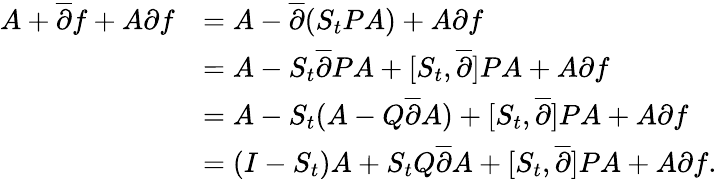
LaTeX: \begin{array}{rl}{A+\overline{\partial}f+A\partial f}&{=A-\overline{\partial}(S_{t}PA)+A\partial f}\\ &{=A-S_{t}\overline{\partial}PA+[S_{t},\overline{\partial}]PA+A\partial f}\\ &{=A-S_{t}(A-Q\overline{\partial}A)+[S_{t},\overline{\partial}]PA+A\partial f}\\ &{=(I-S_{t})A+S_{t}Q\overline{\partial}A+[S_{t},\overline{\partial}]PA+A\partial f.}\end{array}